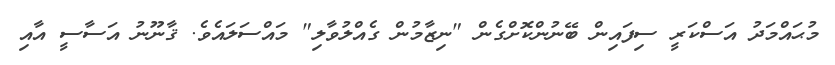
މުޙައްމަދު އަސްކަރީ ސިފައިން ބޭނުންކޮށްގެން "ނިޒާމުން ގެއްލުވާލި" މައްސަލައެވެ. ޤާނޫނު އަސާސީ އާއި